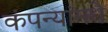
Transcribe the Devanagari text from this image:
कंपन्यांमधे